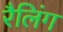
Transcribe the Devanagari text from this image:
रैलिंग